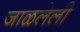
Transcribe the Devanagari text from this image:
जाळलेली